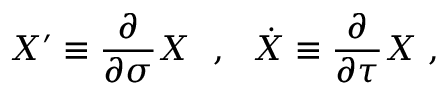
X ^ { \prime } \equiv \frac { \partial } { \partial \sigma } X \ \ , \ \ \dot { X } \equiv \frac { \partial } { \partial \tau } X \ ,